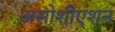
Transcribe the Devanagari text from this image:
असोशीएशन